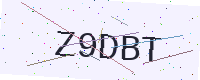
Text: Z9DBT